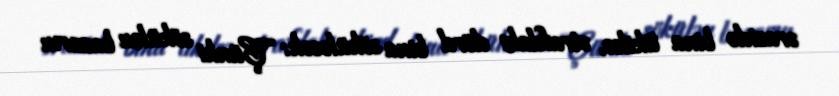
ərazidə bina tikilsə, ətrafdakı dörd bina söküləcək: “Çünki sökülən bazarın